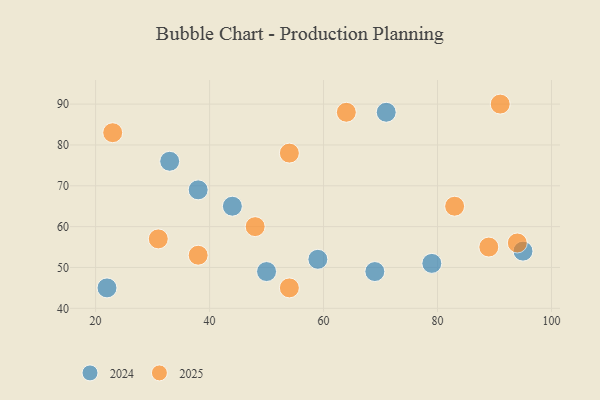
{"axis": {"x": "GDP", "y": "Life Expectancy"}, "legend": ["2024", "2025"], "data": [{"x": "44", "y": 65, "type": "2024"}, {"x": "69", "y": 49, "type": "2024"}, {"x": "33", "y": 76, "type": "2024"}, {"x": "50", "y": 49, "type": "2024"}, {"x": "59", "y": 52, "type": "2024"}, {"x": "79", "y": 51, "type": "2024"}, {"x": "22", "y": 45, "type": "2024"}, {"x": "95", "y": 54, "type": "2024"}, {"x": "38", "y": 69, "type": "2024"}, {"x": "71", "y": 88, "type": "2024"}, {"x": "31", "y": 57, "type": "2025"}, {"x": "54", "y": 78, "type": "2025"}, {"x": "23", "y": 83, "type": "2025"}, {"x": "38", "y": 53, "type": "2025"}, {"x": "94", "y": 56, "type": "2025"}, {"x": "48", "y": 60, "type": "2025"}, {"x": "54", "y": 45, "type": "2025"}, {"x": "64", "y": 88, "type": "2025"}, {"x": "91", "y": 90, "type": "2025"}, {"x": "89", "y": 55, "type": "2025"}, {"x": "83", "y": 65, "type": "2025"}]}